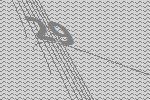
29